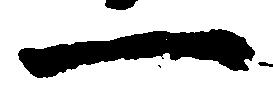
一